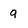
Character: 9